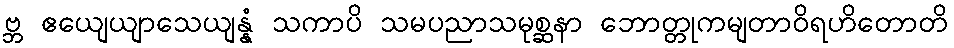
ဗ္ဘ ဧယျေယျာသေယျန္နံ သကာပိ သမပညာသမုစ္ဆနာ ဘောတ္တုကမျတာဝိရဟိတောတိ